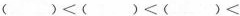
$$()<()<()<$$